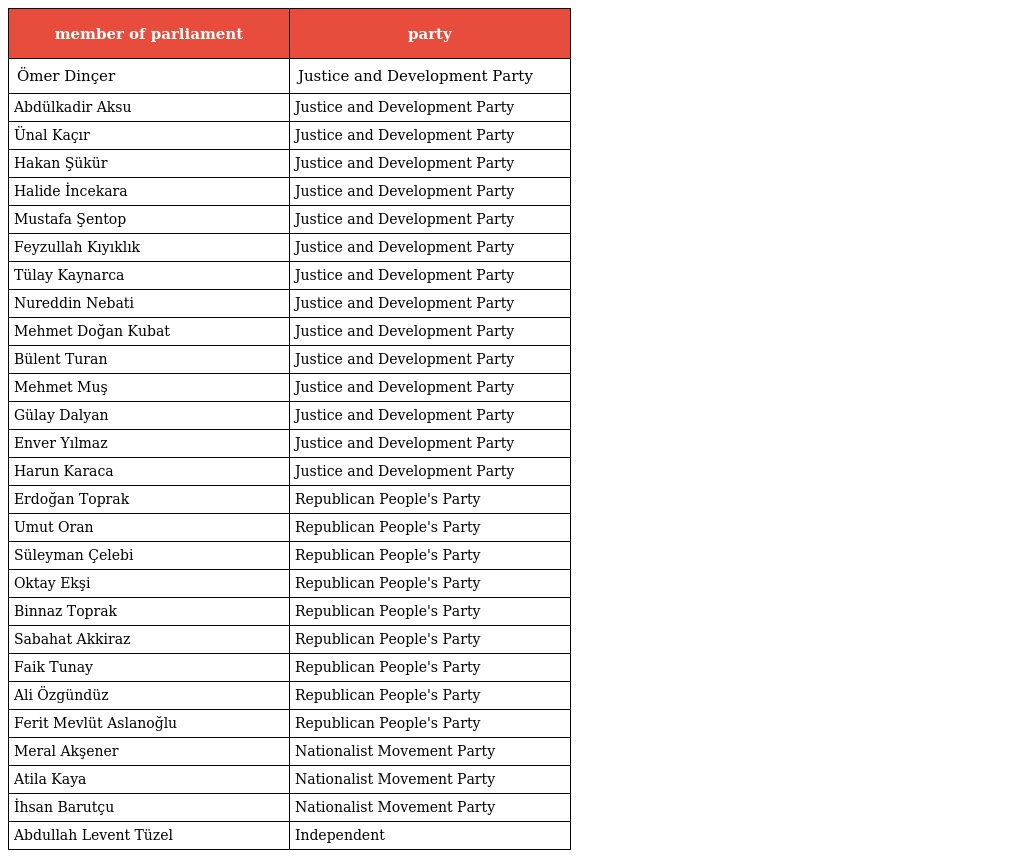
| member of parliament | party |
 | --- | --- |
 | Ömer Dinçer | Justice and Development Party |
 | Abdülkadir Aksu | Justice and Development Party |
 | Ünal Kaçır | Justice and Development Party |
 | Hakan Şükür | Justice and Development Party |
 | Halide İncekara | Justice and Development Party |
 | Mustafa Şentop | Justice and Development Party |
 | Feyzullah Kıyıklık | Justice and Development Party |
 | Tülay Kaynarca | Justice and Development Party |
 | Nureddin Nebati | Justice and Development Party |
 | Mehmet Doğan Kubat | Justice and Development Party |
 | Bülent Turan | Justice and Development Party |
 | Mehmet Muş | Justice and Development Party |
 | Gülay Dalyan | Justice and Development Party |
 | Enver Yılmaz | Justice and Development Party |
 | Harun Karaca | Justice and Development Party |
 | Erdoğan Toprak | Republican People's Party |
 | Umut Oran | Republican People's Party |
 | Süleyman Çelebi | Republican People's Party |
 | Oktay Ekşi | Republican People's Party |
 | Binnaz Toprak | Republican People's Party |
 | Sabahat Akkiraz | Republican People's Party |
 | Faik Tunay | Republican People's Party |
 | Ali Özgündüz | Republican People's Party |
 | Ferit Mevlüt Aslanoğlu | Republican People's Party |
 | Meral Akşener | Nationalist Movement Party |
 | Atila Kaya | Nationalist Movement Party |
 | İhsan Barutçu | Nationalist Movement Party |
 | Abdullah Levent Tüzel | Independent |